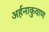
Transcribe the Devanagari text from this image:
अर्हनाकुवाण